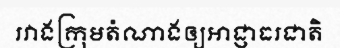
រវាងក្រុមតំណាងឲ្យអាជ្ញាធរជាតិ